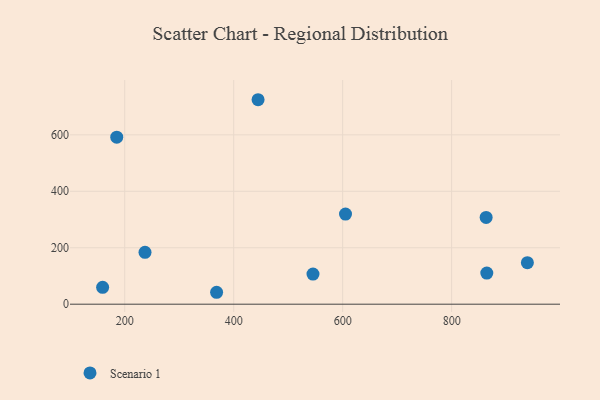
{"axis": {"x": "Speed", "y": "Exam Score"}, "legend": ["Scenario 1"], "data": [{"x": "159.4", "y": 59.9, "type": "Scenario 1"}, {"x": "185.3", "y": 591.7, "type": "Scenario 1"}, {"x": "444.7", "y": 724.4, "type": "Scenario 1"}, {"x": "605.2", "y": 319.2, "type": "Scenario 1"}, {"x": "237.2", "y": 183.7, "type": "Scenario 1"}, {"x": "864.5", "y": 110.2, "type": "Scenario 1"}, {"x": "939.0", "y": 147.2, "type": "Scenario 1"}, {"x": "863.3", "y": 307.5, "type": "Scenario 1"}, {"x": "545.5", "y": 106.8, "type": "Scenario 1"}, {"x": "368.6", "y": 42.2, "type": "Scenario 1"}]}